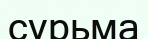
сурьма